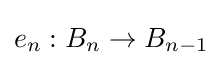
e_{n}:B_{n}\to B_{n-1}